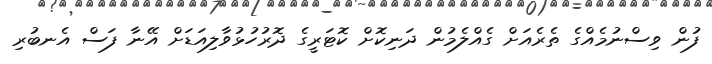
ފުން ވިސްނުމެއްގެ ތެރެއަށް ގެއްލެމުން ދަނިކޮށް ކޮޓަރީގެ ދޮރުހުޅުވާލިއަޑަށް އޭނާ ފަސް އެނބުރި